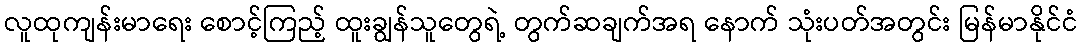
လူထုကျန်းမာရေး စောင့်ကြည့် ထူးချွန်သူတွေရဲ့ တွက်ဆချက်အရ နောက် သုံးပတ်အတွင်း မြန်မာနိုင်ငံ